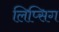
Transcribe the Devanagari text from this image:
लिप्सिग